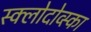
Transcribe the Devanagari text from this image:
स्क्लोदोव्स्का